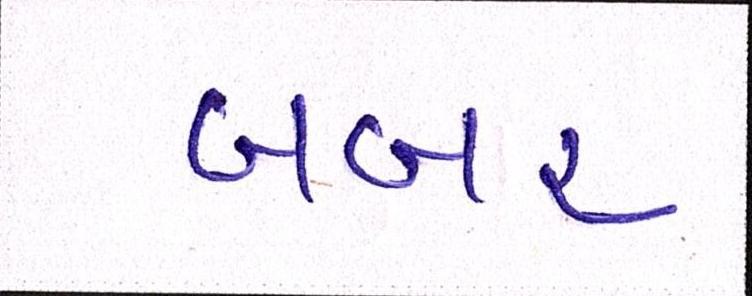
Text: બબર